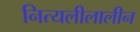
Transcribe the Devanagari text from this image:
नित्यलीलालीन